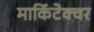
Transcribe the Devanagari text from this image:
मार्किटेक्चर